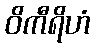
ဝိကီရိဟံ